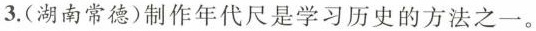
3.(湖南常德)制作年代尺是学习历史的方法之一。